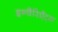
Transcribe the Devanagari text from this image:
इन्वैरिएँट्स